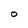
Character: O